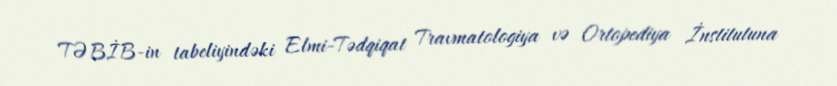
TƏBİB-in tabeliyindəki Elmi-Tədqiqat Travmatologiya və Ortopediya İnstitutuna